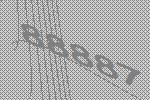
88887